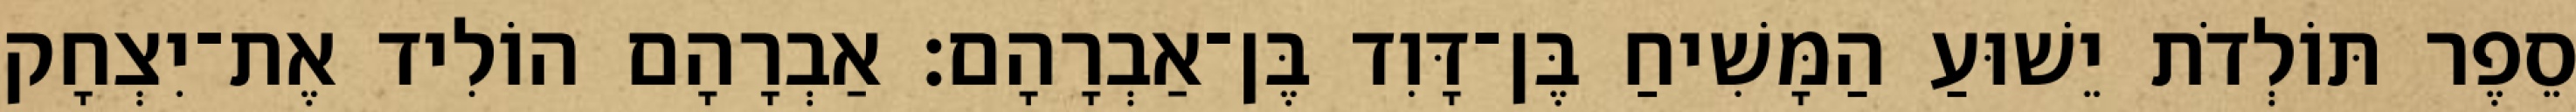
סֵפֶר תּוֹלְדֹת יֵשׁוּעַ הַמָּשִׁיחַ בֶּן־דָּוִד בֶּן־אַבְרָהָם׃ אַבְרָהָם הוֹלִיד אֶת־יִצְחָק